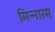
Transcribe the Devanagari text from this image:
मिन्नारम